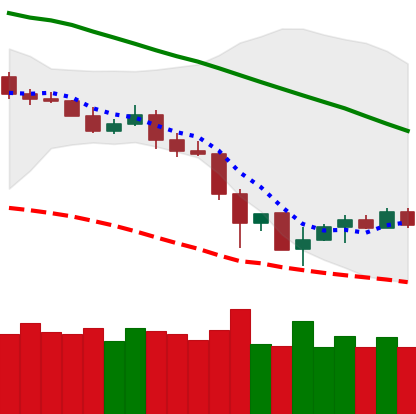
Ticker: LTC-USD
Chart end date: 2019-11-30
Forward return: -4.579%
Label: down_3_5